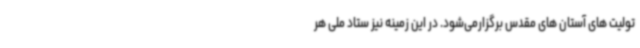
تولیت های آستان های مقدس برگزارمی‌شود. در این زمینه نیز ستاد ملی هر